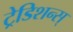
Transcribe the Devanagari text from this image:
ट्रेडिशन्स्‌